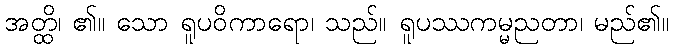
အတ္ထိ၊ ၏။ သော ရူပဝိကာရော၊ သည်။ ရူပဿကမ္မညတာ၊ မည်၏။